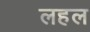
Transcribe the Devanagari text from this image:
लहल